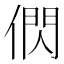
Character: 𬿂